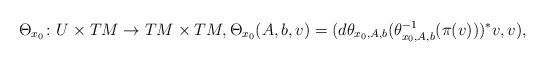
LaTeX: \begin{align*} \Theta_{x_0}\colon U\times TM\to TM\times TM, \Theta_{x_0}(A,b,v) = (d\theta_{x_0,A,b}(\theta_{x_0,A,b}^{-1}(\pi(v)))^*v,v),\end{align*}